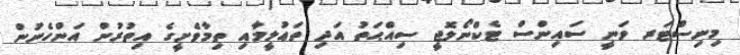
މިނިސްޓަރ ވަނީ ސައިންސް ޓެކްނޯލޮޖީ ސިއްޙަތު އަދި ތަޢުލީމާއި ތިމާވެށީގެ އިތުރުން އަންހެނުން